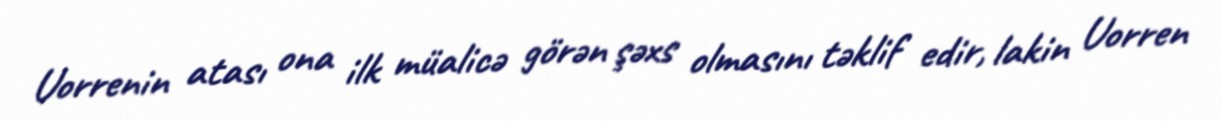
Uorrenin atası ona ilk müalicə görən şəxs olmasını təklif edir, lakin Uorren